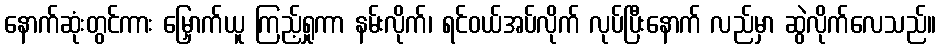
နောက်ဆုံးတွင်ကား မြှောက်ယူ ကြည့်ရှုကာ နမ်းလိုက်၊ ရင်ဝယ်အပ်လိုက် လုပ်ပြီးနောက် လည်မှာ ဆွဲလိုက်လေသည်။